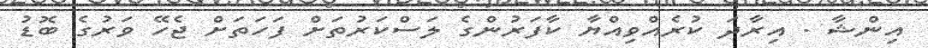
އިންޝާ . އިރާދަ ކުރެއްވިއްޔާ ކާފަރުންގެ ލަސްކަރުތަށް ފަހަތަށް ޖެހޭ ވަރުގެ ބޮޑު